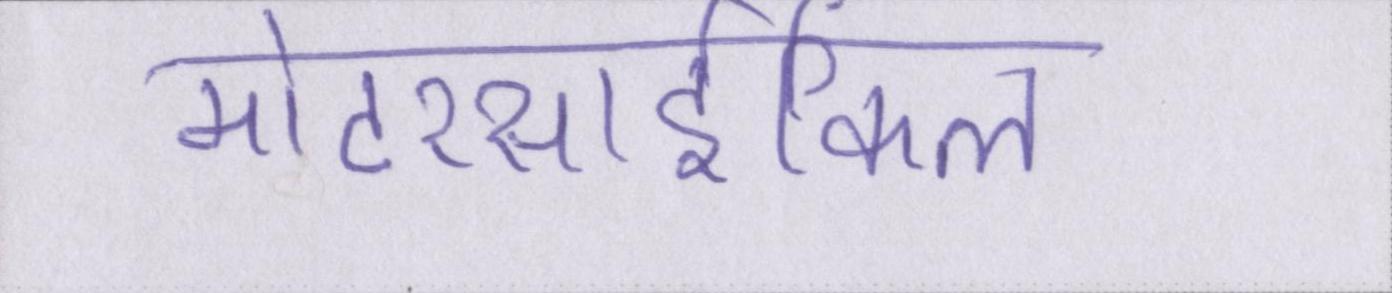
मोटरसार्इकिल